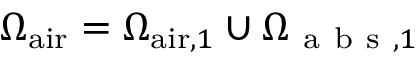
\Omega _ { \mathrm { a i r } } = \Omega _ { \mathrm { a i r } , 1 } \cup \Omega _ { \mathrm { ~ a ~ b ~ s ~ } , 1 }